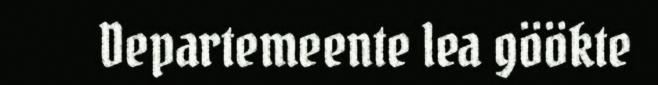
Departemeente lea göökte